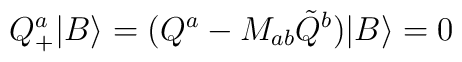
Q_{+}^a |B\rangle = (Q^a - M_{ab} \tilde{Q}^b ) |B\rangle = 0